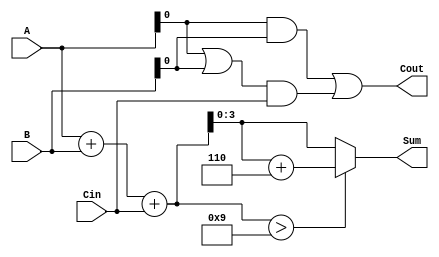
module BCD_Carry_Lookahead_Adder (
    input  [3:0] A,      // 4-bit BCD digit A
    input  [3:0] B,      // 4-bit BCD digit B
    input        Cin,     // Carry-in
    output reg [3:0] Sum, // 4-bit Sum (BCD result)
    output reg Cout       // Carry-out
);

    // Internal signals
    wire [4:0] S;         // 5-bit wide to accommodate the carry
    wire P, G;            // Propagate and Generate signals

    // Initial sum calculation
    assign S = A + B + Cin;

    // Carry generation and propagation logic
    assign P = A | B;
    assign G = A & B;

    // Carry-out calculation using carry lookahead logic
    always @(*) begin
        Cout = G | (P & Cin);
        // BCD correction logic
        if (S > 9) begin
            Sum = S + 4'b0110; // Add 6 in BCD
        end else begin
            Sum = S[3:0]; // Valid BCD result
        end
    end

endmodule